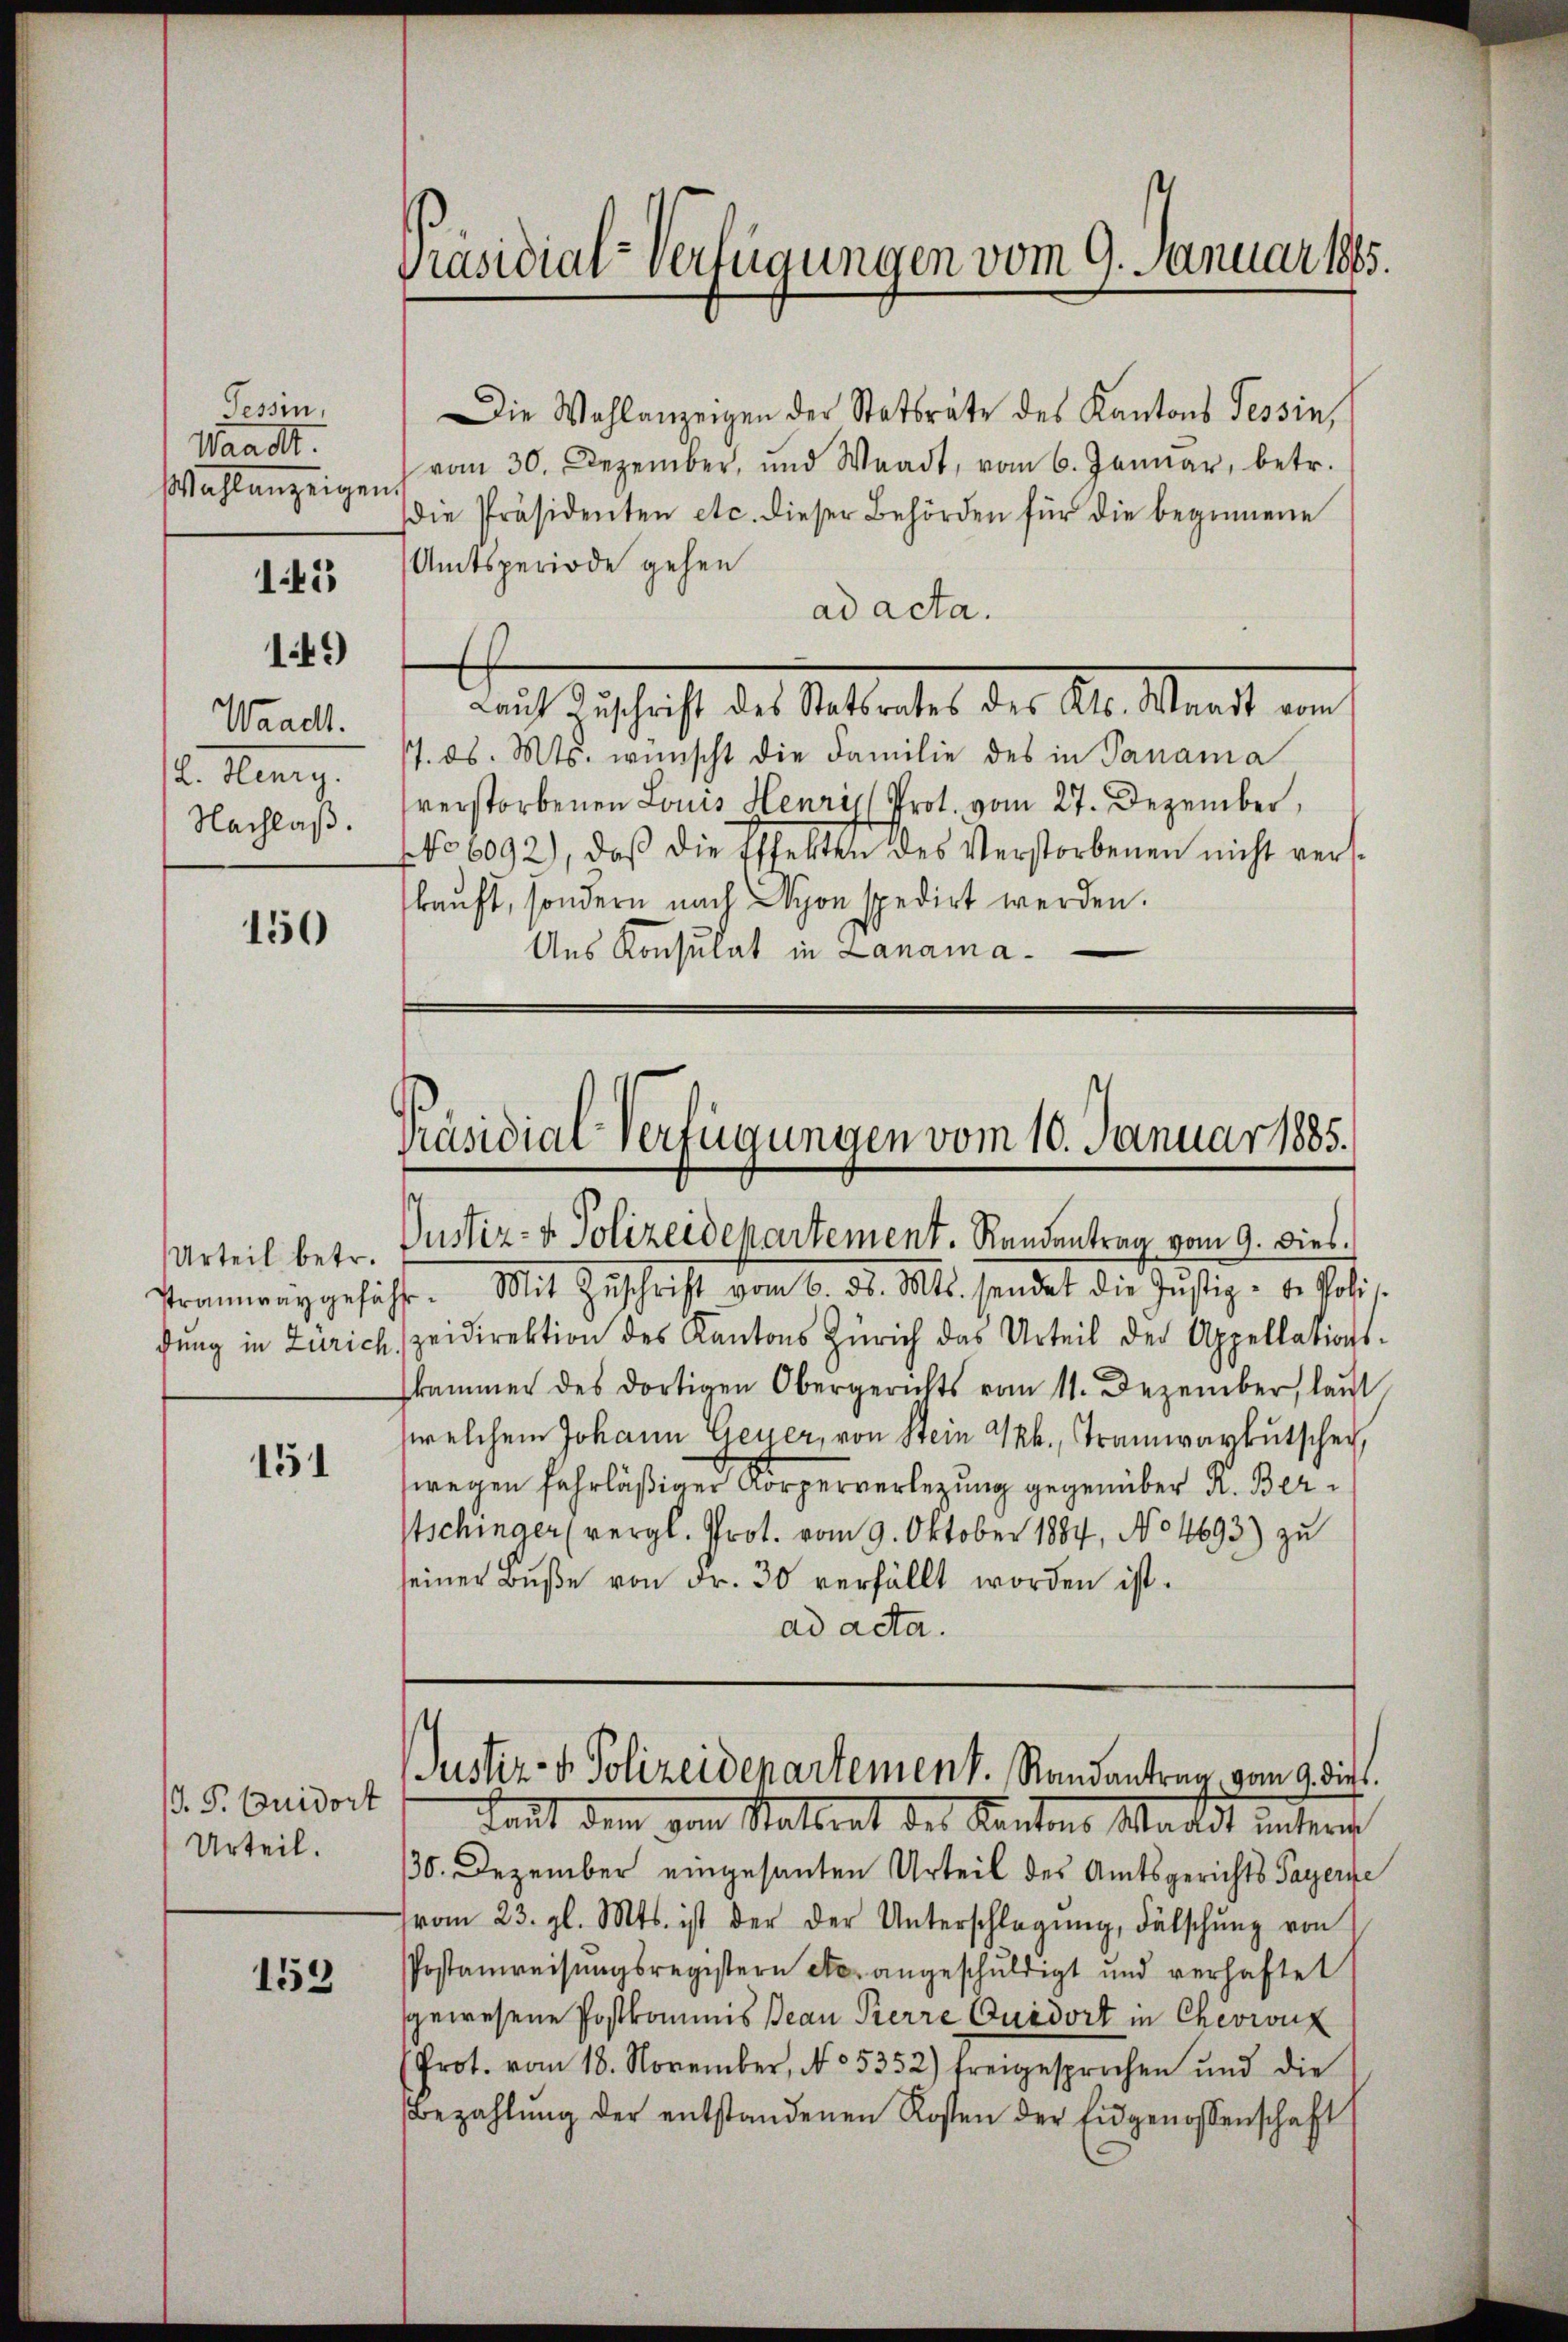
Tessin,
Waadt.
Wahlenzeigen

145
149)

Waadt.
L. Heury.
Nachlaß.

150

Urteil betr.

151

J. P. Quidort
Urteil.

153

Präsidial-Verfügungen vom 9. Januar 1885.

Die Wahlanzeigen der Statträte des Kantons Tessin,
vom 30. Dezember, und Waadt, vom 6. Januar, betr.
die Präsidenten etc. dieser Behörden für die beginnene
Amtsperiode gehen
ad acta.
17. ds. Mts. wünscht die Familie des in Panama
verstorbenen Louis Henri Prot. vom 27. Dezember,
No 6092), daß die Effekten des Verstorbenen nicht verkauft, sondern nach Lyon spedirt werden.
Ans Konsulat in Lanama¬

Laut Zuschrift des Statsrates des Kts. Waadt vom

Präsidial-Verfügungen vom 10. Januar 1885.

Justiz- & Polizeidepartement. Randentrag vom 9. dies
trang geführe. Mit Zuschrift vom 6. d. Mts. sendet die Justiz - der Polis.
gŭng in Zürich zeidirektion des Kantons Zürich das Urteil der Appellations-
skammer des dortigen Obergerichts vom 11. Dezember, laut
welchem Johann Geyer, von Stein Grk., Tramwarkutsche,
wegen fahrläßiger Körperverlegung gegenüber K. Berschinger (vergl. Prot. vom 9. Oktober 1884, No 4693) zu
seiner Bŭβe von Fr. 30 verfällt worden ist.
ad acta.

Justiz- & Polizeidepartement. Randantrag vom 9. dieß.
Laut dem von Stadtrat des Kantons Maldt unteres

130. Dezember eingesanten Urteil des Amtsgerichts Payerne
vom 23. gl. Mts. ist der der Unterschlagung, dälschŭng von
Postanweisungsregistern etc. angeschuldigt und verhaftet
gewesene Postkommis Jean Pierre Quidort in Chevruf
(Prot. vom 18. November, No 5352) freigesprochen und die
Bezahlŭng der entstandenen Kosten der Eidgenossenschaft